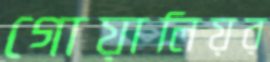
গোয়ালিয়র